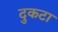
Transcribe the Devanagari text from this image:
दुकटा